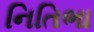
નિતિભા